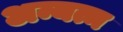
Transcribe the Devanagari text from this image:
अन्यत्म